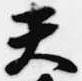
天